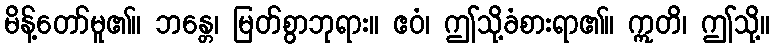
မိန့်တော်မူ၏။ ဘန္တေ၊ မြတ်စွာဘုရား။ ဧဝံ၊ ဤသို့ခံစားရာ၏။ ဣတိ၊ ဤသို့။